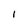
Character: I